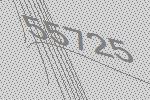
55725